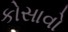
કોસાવો